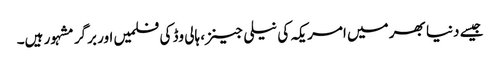
جیسے دنیا بھر میں امریکہ کی نیلی جینز، ہالی وڈ کی فلمیں اور برگر مشہور ہیں۔